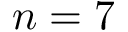
n = 7